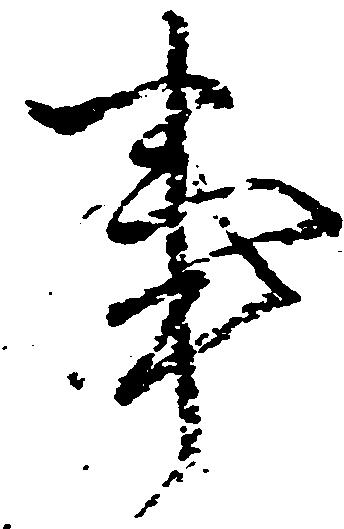
事